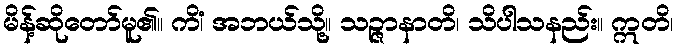
မိန့်ဆိုတော်မူ၏။ ကိံ၊ အဘယ်သို့။ သဉ္ဇာနာတိ၊ သိပါသနည်း။ ဣတိ၊